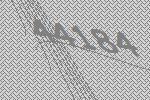
44184